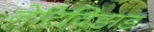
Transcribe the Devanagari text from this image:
नेटिविडाड